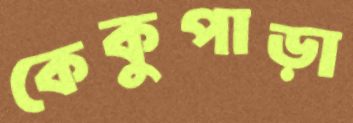
কেকুপাড়া